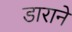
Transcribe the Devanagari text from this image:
डाराने